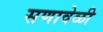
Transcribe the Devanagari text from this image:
सणावेळी